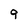
Character: 9